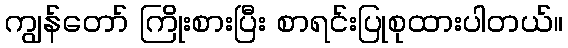
ကျွန်တော် ကြိုးစားပြီး စာရင်းပြုစုထားပါတယ်။